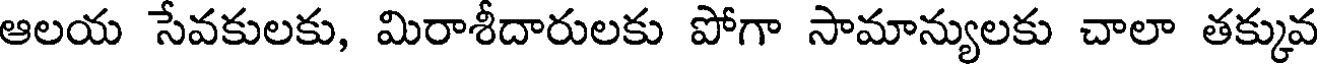
ఆలయ సేవకులకు, మిరాశీదారులకు పోగా సామాన్యులకు చాలా తక్కువ